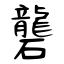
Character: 礱